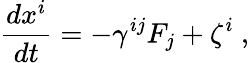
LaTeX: \frac{dx^{i}}{dt}=-\gamma^{ij}F_{j}+\zeta^{i}\ ,